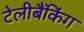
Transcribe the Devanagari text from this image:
टेलीबैंकिंग